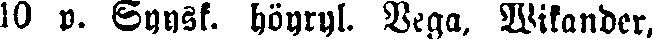
w p. Syysk. höyryl. Vega, Wikander,